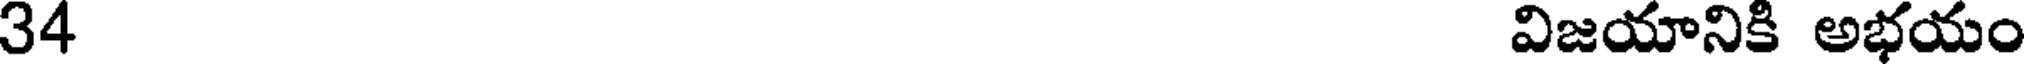
34 విజయానికి అభయం